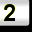
Digit: 2